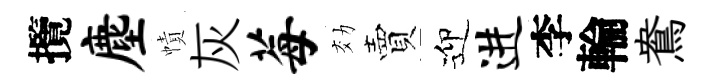
攬麈幘灰莓効賣迎进李輪鴦